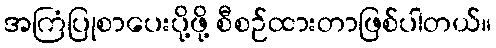
အကြံပြုစာပေးပို့ဖို့ စီစဉ်ထားတာဖြစ်ပါတယ်။